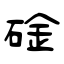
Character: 碒